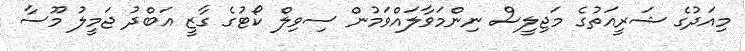
މިއަދުގެ ޝަރީއަތުގެ މަޖިލީސް ނިންމަވާލައްވަމުން ސިވިލް ކޯޓުގެ ގާޒީ އަބްދު ޖަމީލު މޫސާ